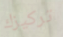
تركيزك